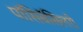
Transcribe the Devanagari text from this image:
पॉसिबॅसिलरी